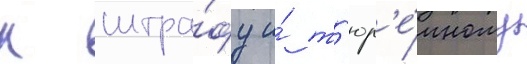
к штра́фу и́ т'юр'е́мному